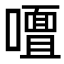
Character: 𭋢